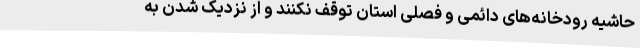
حاشیه رودخانه‌های دائمی و فصلی استان توقف نکنند و از نزدیک شدن به